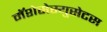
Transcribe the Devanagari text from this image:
मॅशेसेस्युसेटस